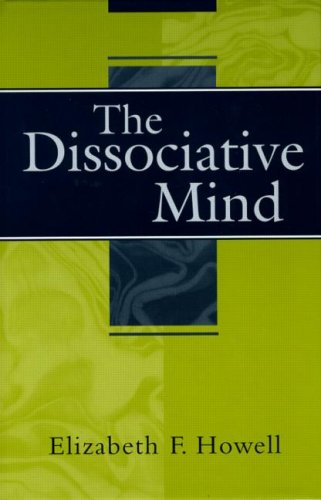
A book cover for The Dissociative Mind; Elizabeth F. Howell; Health, Fitness & Dieting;